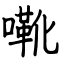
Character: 㗾